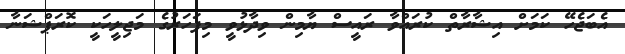
އެބަޖެހޭ ކަމަށް އިޝާރާތް ކުރައްވާ ރައީސް ޔާމިން ވިދާޅުވީ މިފަހަރުގެ މަޖިލީހަކީ ކޮރަޕްޝަނާ